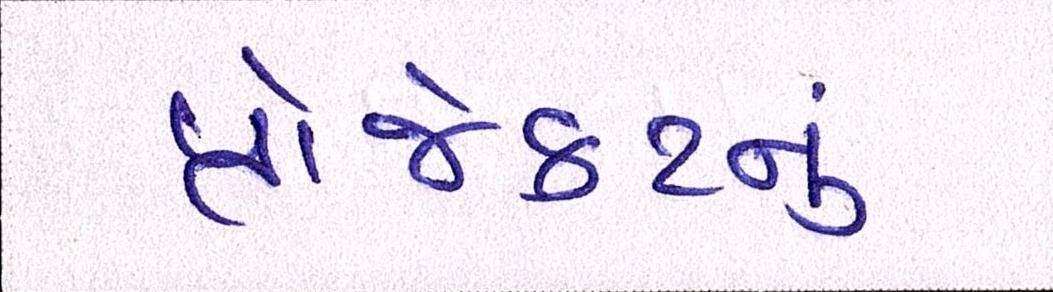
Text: પ્રોજેકટનું